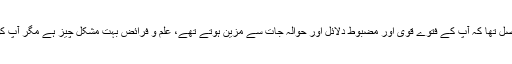
حدیث و فقہ کی کتابوں پر ایسا عبور حاصل تھا کہ آپ کے فتوے قوی اور مضبوط دلائل اور حوالہ جات سے مزیّن ہوتے تھے، علم و فرائض بہت مشکل چیز ہے مگر آپ کو اس میں بھی کامل مہارت حاصل تھی۔